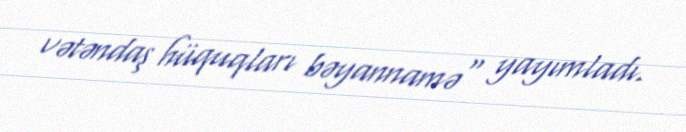
vətəndaş hüquqları bəyannamə" yayımladı.